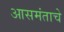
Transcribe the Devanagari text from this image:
आसमंताचे